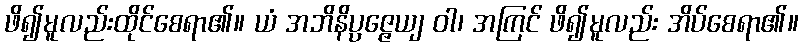
ဖိ၍မူလည်းထိုင်စေရာ၏။ ယံ အဘိနိပ္ပဇ္ဇေယျ ဝါ၊ အကြင် ဖိ၍မူလည်း အိပ်စေရာ၏။